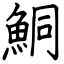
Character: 鮦